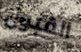
القبول